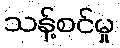
သန့်စင်မှု